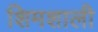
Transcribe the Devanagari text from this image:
शिमशाली